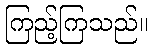
ကြည့်ကြသည်။